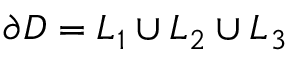
\partial D = L _ { 1 } \cup L _ { 2 } \cup L _ { 3 }